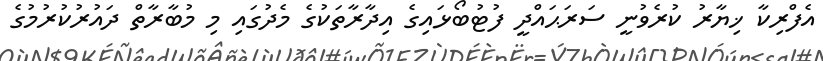
އެފްރިކާ ޚިޔާރު ކުރެވުނީ ސަރަޙައްދީ ފުޓުބޯޅައިގެ އިދާރާތަކުގެ މެދުގައި މި މުބާރާތް ދައުރުކުރުމުގެ